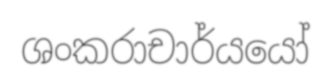
ශංකරාචාර්යයෝ